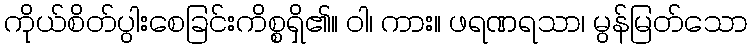
ကိုယ်စိတ်ပွါးစေခြင်းကိစ္စရှိ၏။ ဝါ၊ ကား။ ဖရဏရသာ၊ မွန်မြတ်သော